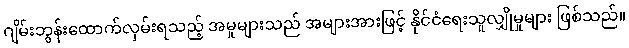
ဂျိမ်းဘွန်းထောက်လှမ်းရသည့် အမှုများသည် အများအားဖြင့် နိုင်ငံရေးသူလျှိုမှုများ ဖြစ်သည်။